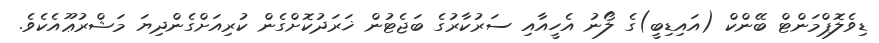
ޑިވެލޮޕްމަންޓް ބޭންކް (އައިޑިބީ)ގެ ލޯނު އެހީއާއި ސަރުކާރުގެ ބަޖެޓުން ޚަރަދުކޮށްގެން ކުރިއަށްގެންދިޔަ މަޝްރުޢޫއެކެވެ.